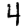
Digit: 4